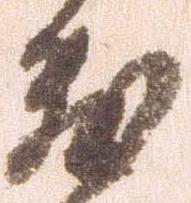
敷